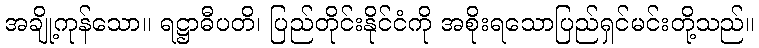
အချို့ကုန်သော။ ရဋ္ဌာဓီပတိ၊ ပြည်တိုင်းနိုင်ငံကို အစိုးရသောပြည်ရှင်မင်းတို့သည်။